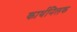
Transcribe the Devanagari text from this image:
कार्थनिलक